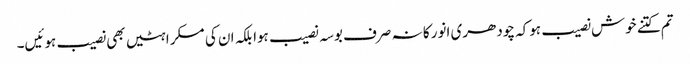
تم کتنے خوش نصیب ہوکہ چودھری انور کا نہ صرف بوسہ نصیب ہوا بلکہ ان کی مسکراہٹیں بھی نصیب ہوئیں۔